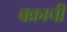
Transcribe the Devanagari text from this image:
बक्राची